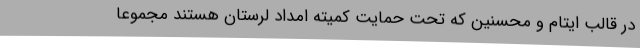
در قالب ایتام و محسنین که تحت حمایت کمیته امداد لرستان هستند مجموعاً